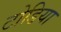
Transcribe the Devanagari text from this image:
टोडिया